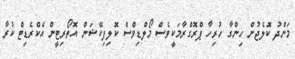
މަންދު ކޮލެޖުން ހިންގާ ހުރިހާ ޕްރޮގްރާމަކީވެސް މޯލްޑިވްސް ކޮލިފިކޭޝަން އޮތޯރިޓީން އެކްރެޑިޓް ކުރާ